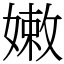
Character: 嫩